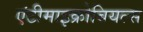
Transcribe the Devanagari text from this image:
एंटीमाइक्रोबियल्स